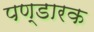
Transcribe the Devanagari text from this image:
पण्डारक